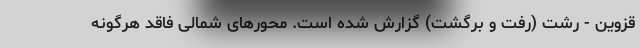
قزوین - رشت (رفت و برگشت) گزارش شده است. محورهای شمالی فاقد هرگونه